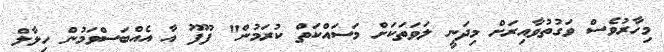
މިހާރުވެސް ވަގުތުވާއިރަށް މިދަނީ ލަވަތަކަށް މަސައްކަތް ކުރަމުން" ފޫފޫ އާ އެއްބަސްވަމުން ހިލާލް